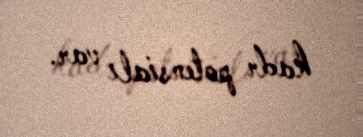
kadr potensialı var.